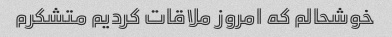
خوشحالم که امروز ملاقات کردیم متشکرم